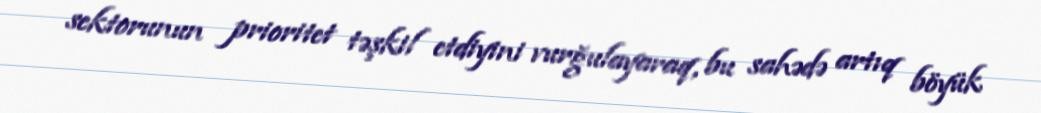
sektorunun prioritet təşkil etdiyini vurğulayaraq, bu sahədə artıq böyük